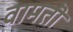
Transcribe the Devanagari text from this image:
वामतॊ